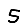
Digit: 5